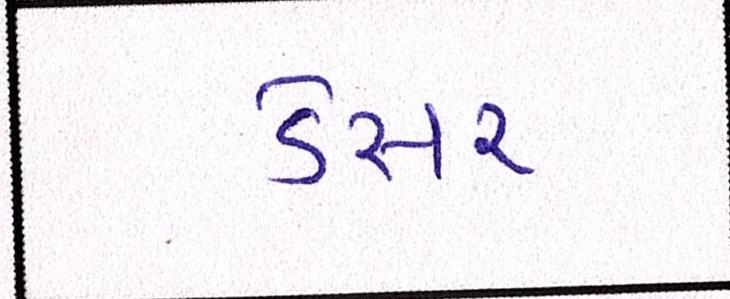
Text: ડેસર